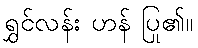
ရွှင်လန်း ဟန် ပြု၏။